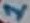
Text: 1